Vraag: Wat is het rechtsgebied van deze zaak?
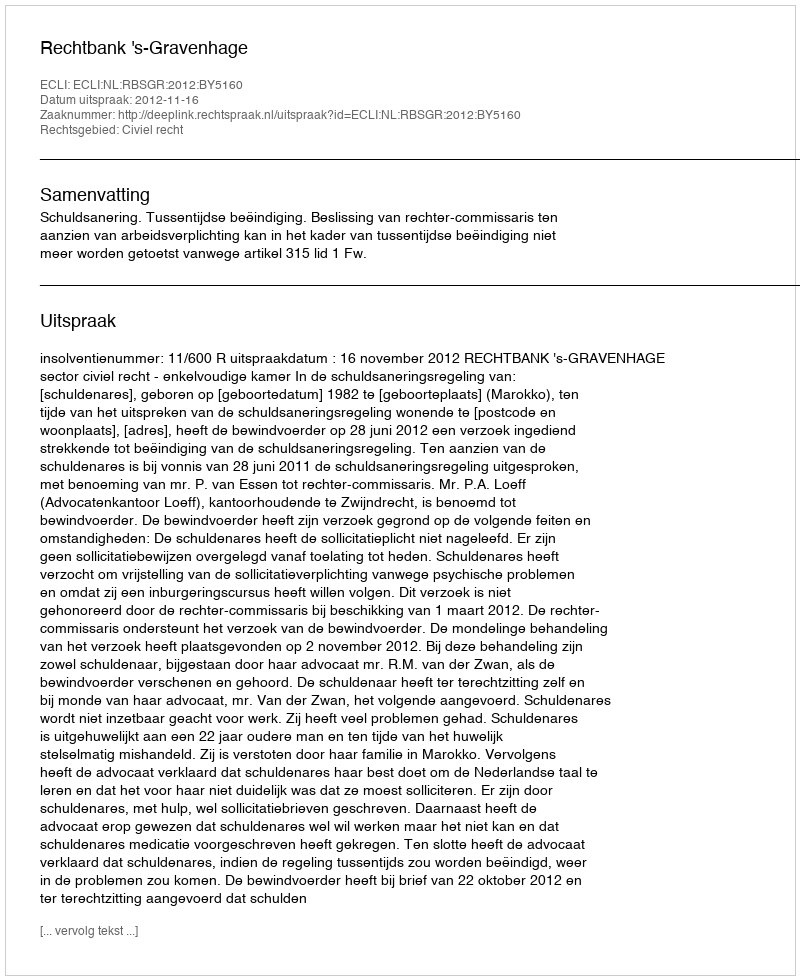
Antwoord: Civiel recht